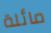
مائلة